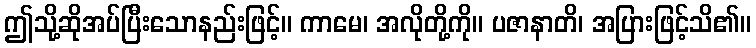
ဤသို့ဆိုအပ်ပြီးသောနည်းဖြင့်။ ကာမေ၊ အလိုတို့ကို။ ပဇာနာတိ၊ အပြားဖြင့်သိ၏။